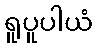
ရူပူပါယံ